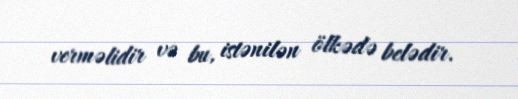
verməlidir və bu, istənilən ölkədə belədir.